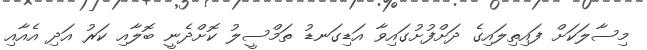
މިސާލަކަށް ފައިތިލައިގެ ދަށްފުށުގައިވާ އަޑިގަނޑު ތަމްސީލު ކޮށްދެނީ ބޮލާއި ކަރު އަދި އެއާއި